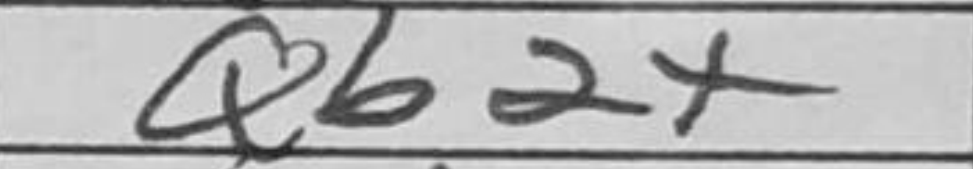
Transcription: Qb2+